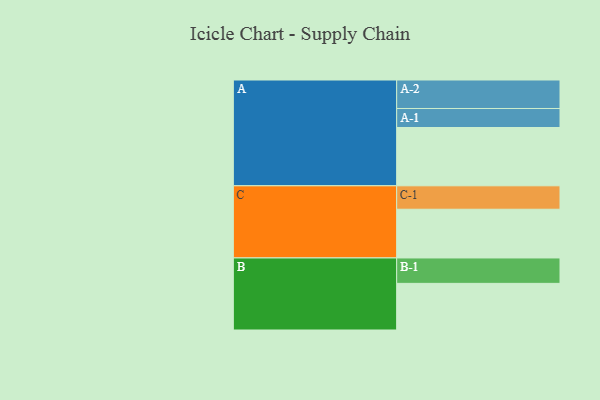
{"axis": {"x": "Segment", "y": "Value"}, "legend": ["", "A", "B", "C"], "data": [{"x": "A", "y": 530, "type": ""}, {"x": "B", "y": 424, "type": ""}, {"x": "C", "y": 443, "type": ""}, {"x": "A-1", "y": 173, "type": "A"}, {"x": "A-2", "y": 259, "type": "A"}, {"x": "B-1", "y": 231, "type": "B"}, {"x": "C-1", "y": 213, "type": "C"}]}